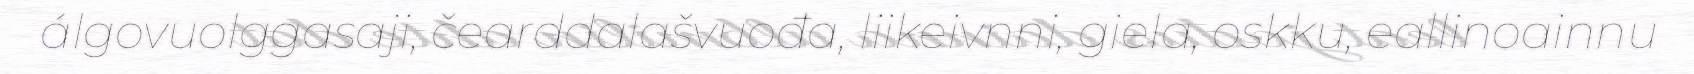
álgovuolggasaji, čearddalašvuođa, liikeivnni, giela, oskku, eallinoainnu